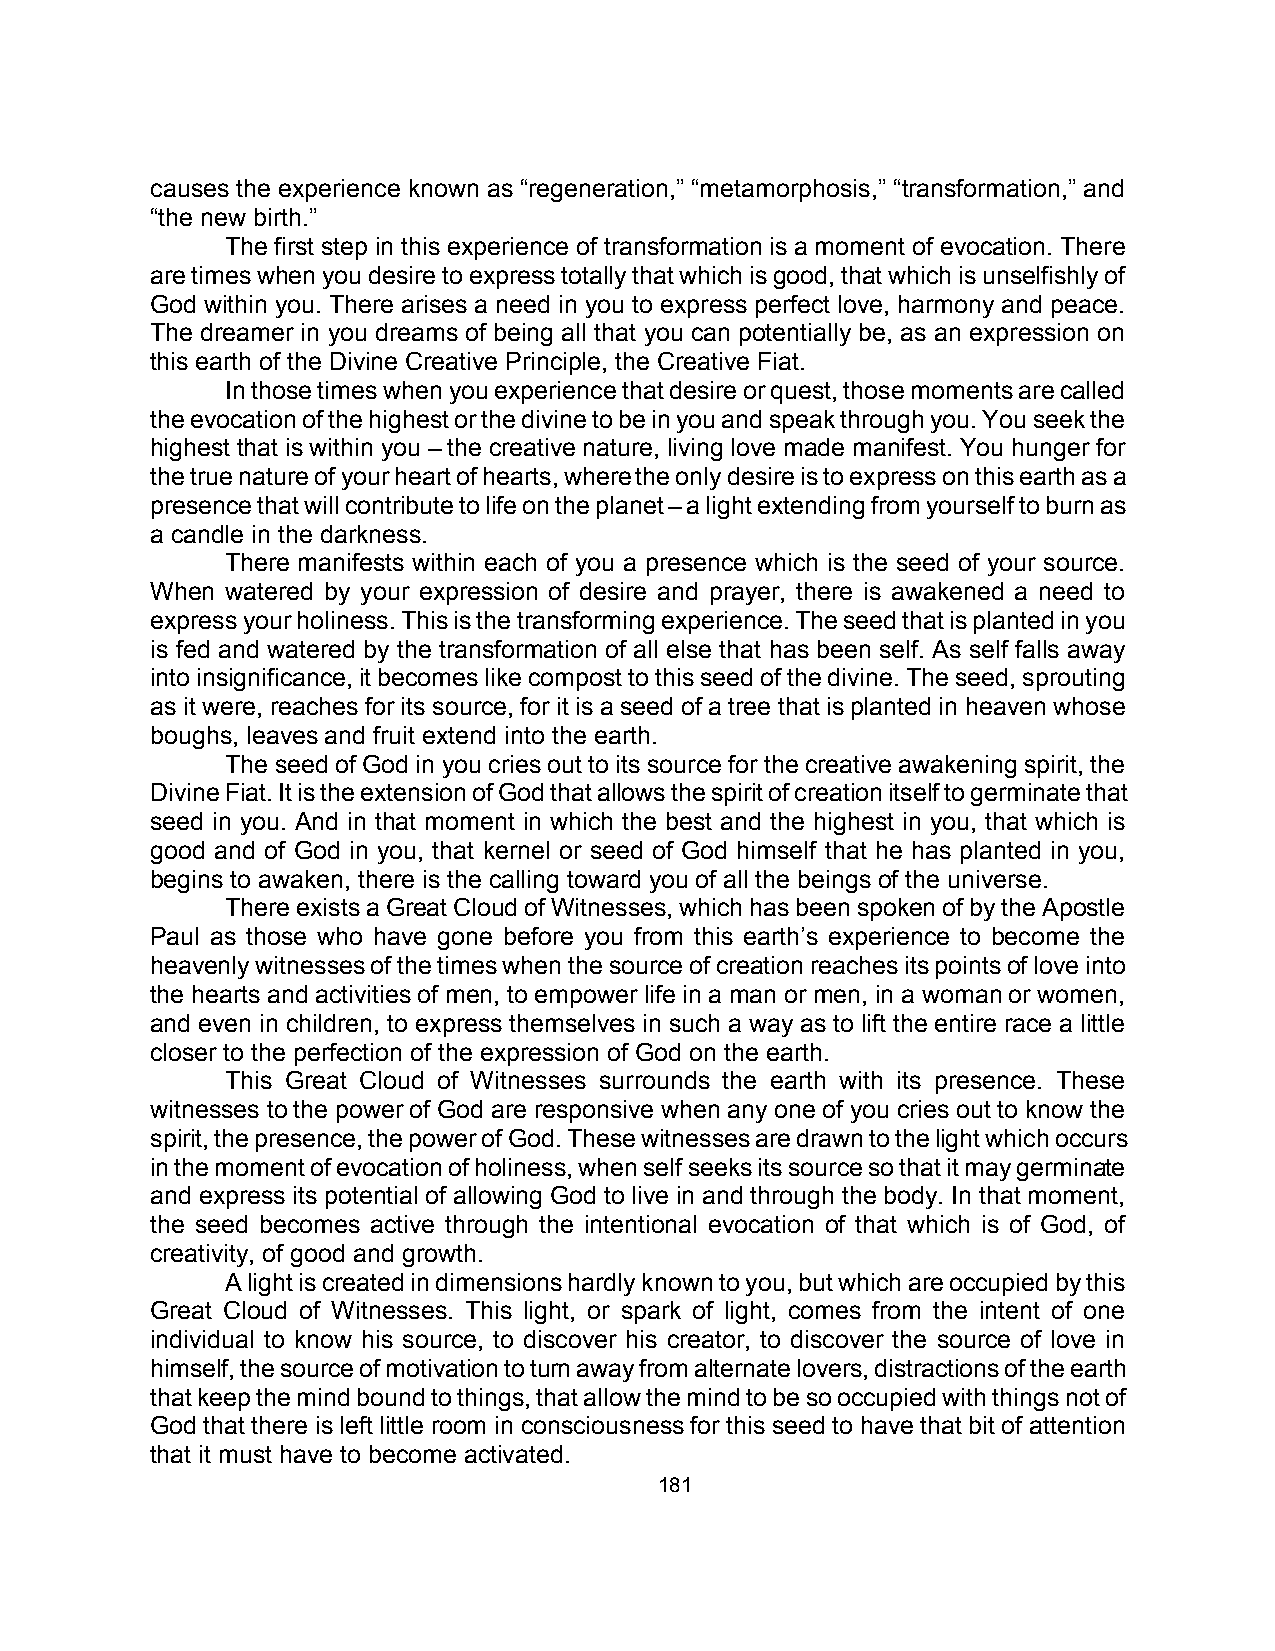
causes the experience known as “regeneration,” “metamorphosis,” “transformation,” and
 “the new birth.”
 The first step in this experience of transformation is a moment of evocation. There
 are times when you desire to express totally that which is good, that which is unselfishly of
 God within you. There arises a need in you to express perfect love, harmony and peace.
 The dreamer in you dreams of being all that you can potentially be, as an expression on
 this earth of the Divine Creative Principle, the Creative Fiat.
 In those times when you experience that desire or quest, those moments are called
 the evocation of the highest or the divine to be in you and speak through you. You seek the
 highest that is within you – the creative nature, living love made manifest. You hunger for
 the true nature of your heart of hearts, where the only desire is to express on this earth as a
 presence that will contribute to life on the planet – a light extending from yourself to burn as
 a candle in the darkness.
 There manifests within each of you a presence which is the seed of your source.
 When watered by your expression of desire and prayer, there is awakened a need to
 express your holiness. This is the transforming experience. The seed that is planted in you
 is fed and watered by the transformation of all else that has been self. As self falls away
 into insignificance, it becomes like compost to this seed of the divine. The seed, sprouting
 as it were, reaches for its source, for it is a seed of a tree that is planted in heaven whose
 boughs, leaves and fruit extend into the earth.
 The seed of God in you cries out to its source for the creative awakening spirit, the
 Divine Fiat. It is the extension of God that allows the spirit of creation itself to germinate that
 seed in you. And in that moment in which the best and the highest in you, that which is
 good and of God in you, that kernel or seed of God himself that he has planted in you,
 begins to awaken, there is the calling toward you of all the beings of the universe.
 There exists a Great Cloud of Witnesses, which has been spoken of by the Apostle
 Paul as those who have gone before you from this earth’s experience to become the
 heavenly witnesses of the times when the source of creation reaches its points of love into
 the hearts and activities of men, to empower life in a man or men, in a woman or women,
 and even in children, to express themselves in such a way as to lift the entire race a little
 closer to the perfection of the expression of God on the earth.
 This Great Cloud of Witnesses surrounds the earth with its presence. These
 witnesses to the power of God are responsive when any one of you cries out to know the
 spirit, the presence, the power of God. These witnesses are drawn to the light which occurs
 in the moment of evocation of holiness, when self seeks its source so that it may germinate
 and express its potential of allowing God to live in and through the body. In that moment,
 the seed becomes active through the intentional evocation of that which is of God, of
 creativity, of good and growth.
 A light is created in dimensions hardly known to you, but which are occupied by this
 Great Cloud of Witnesses. This light, or spark of light, comes from the intent of one
 individual to know his source, to discover his creator, to discover the source of love in
 himself, the source of motivation to turn away from alternate lovers, distractions of the earth
 that keep the mind bound to things, that allow the mind to be so occupied with things not of
 God that there is left little room in consciousness for this seed to have that bit of attention
 that it must have to become activated.
 181